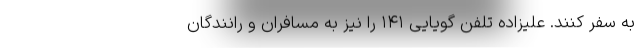
به سفر کنند. علیزاده تلفن گویایی ۱۴۱ را نیز به مسافران و رانندگان